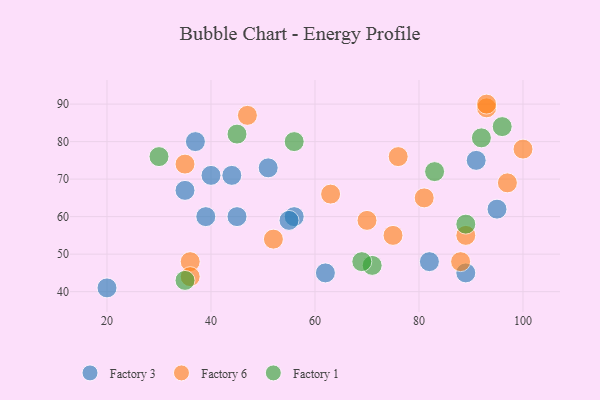
{"axis": {"x": "GDP", "y": "Life Expectancy"}, "legend": ["Factory 1", "Factory 3", "Factory 6"], "data": [{"x": "82", "y": 48, "type": "Factory 3"}, {"x": "56", "y": 60, "type": "Factory 3"}, {"x": "20", "y": 41, "type": "Factory 3"}, {"x": "89", "y": 45, "type": "Factory 3"}, {"x": "39", "y": 60, "type": "Factory 3"}, {"x": "37", "y": 80, "type": "Factory 3"}, {"x": "35", "y": 67, "type": "Factory 3"}, {"x": "95", "y": 62, "type": "Factory 3"}, {"x": "91", "y": 75, "type": "Factory 3"}, {"x": "62", "y": 45, "type": "Factory 3"}, {"x": "44", "y": 71, "type": "Factory 3"}, {"x": "45", "y": 60, "type": "Factory 3"}, {"x": "40", "y": 71, "type": "Factory 3"}, {"x": "51", "y": 73, "type": "Factory 3"}, {"x": "55", "y": 59, "type": "Factory 3"}, {"x": "93", "y": 89, "type": "Factory 6"}, {"x": "35", "y": 74, "type": "Factory 6"}, {"x": "70", "y": 59, "type": "Factory 6"}, {"x": "75", "y": 55, "type": "Factory 6"}, {"x": "52", "y": 54, "type": "Factory 6"}, {"x": "100", "y": 78, "type": "Factory 6"}, {"x": "97", "y": 69, "type": "Factory 6"}, {"x": "81", "y": 65, "type": "Factory 6"}, {"x": "47", "y": 87, "type": "Factory 6"}, {"x": "63", "y": 66, "type": "Factory 6"}, {"x": "93", "y": 90, "type": "Factory 6"}, {"x": "89", "y": 55, "type": "Factory 6"}, {"x": "36", "y": 48, "type": "Factory 6"}, {"x": "36", "y": 44, "type": "Factory 6"}, {"x": "76", "y": 76, "type": "Factory 6"}, {"x": "88", "y": 48, "type": "Factory 6"}, {"x": "89", "y": 58, "type": "Factory 1"}, {"x": "56", "y": 80, "type": "Factory 1"}, {"x": "92", "y": 81, "type": "Factory 1"}, {"x": "83", "y": 72, "type": "Factory 1"}, {"x": "71", "y": 47, "type": "Factory 1"}, {"x": "96", "y": 84, "type": "Factory 1"}, {"x": "69", "y": 48, "type": "Factory 1"}, {"x": "45", "y": 82, "type": "Factory 1"}, {"x": "35", "y": 43, "type": "Factory 1"}, {"x": "30", "y": 76, "type": "Factory 1"}]}